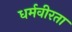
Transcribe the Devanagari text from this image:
धर्मवीरता